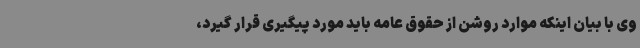
وی با بیان اینکه موارد روشن از حقوق عامه باید مورد پیگیری قرار گیرد،